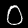
Digit: 0